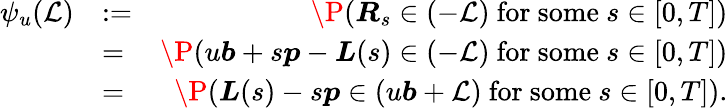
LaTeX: \begin{array}{rlr}{\psi_{u}(\mathcal{L})}&{:=}&{\P(\boldsymbol R_{s}\in(-\mathcal{L})\mathrm{~for~some~}s\in[0,T])}\\ &{=}&{\P(u\boldsymbol b+s\boldsymbol p-\boldsymbol L(s)\in(-\mathcal{L})\mathrm{~for~some~}s\in[0,T])}\\ &{=}&{\P(\boldsymbol L(s)-s\boldsymbol p\in(u\boldsymbol b+\mathcal{L})\mathrm{~for~some~}s\in[0,T]).}\end{array}